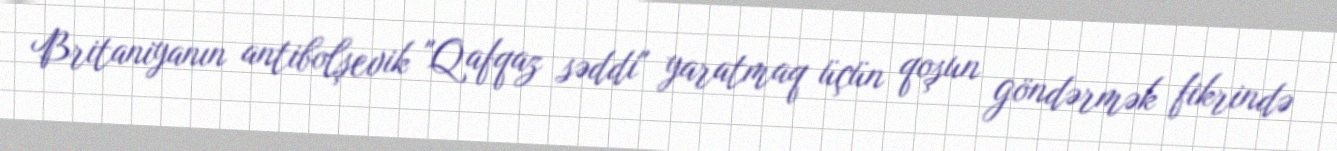
Britaniyanın antibolşevik "Qafqaz səddi" yaratmaq üçün qoşun göndərmək fikrində